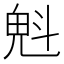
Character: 𣁽